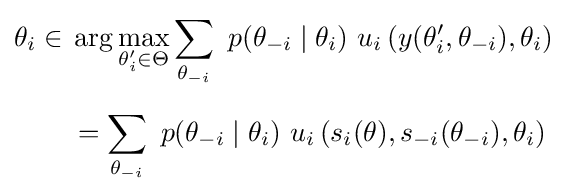
{\begin{aligned}\theta _{i}\in {}&\arg \max _{\theta '_{i}\in \Theta }\sum _{\theta _{-i}}\ p(\theta _{-i}\mid \theta _{i})\ u_{i}\left(y(\theta '_{i},\theta _{-i}),\theta _{i}\right)\\[5pt]&=\sum _{\theta _{-i}}\ p(\theta _{-i}\mid \theta _{i})\ u_{i}\left(s_{i}(\theta ),s_{-i}(\theta _{-i}),\theta _{i}\right)\end{aligned}}